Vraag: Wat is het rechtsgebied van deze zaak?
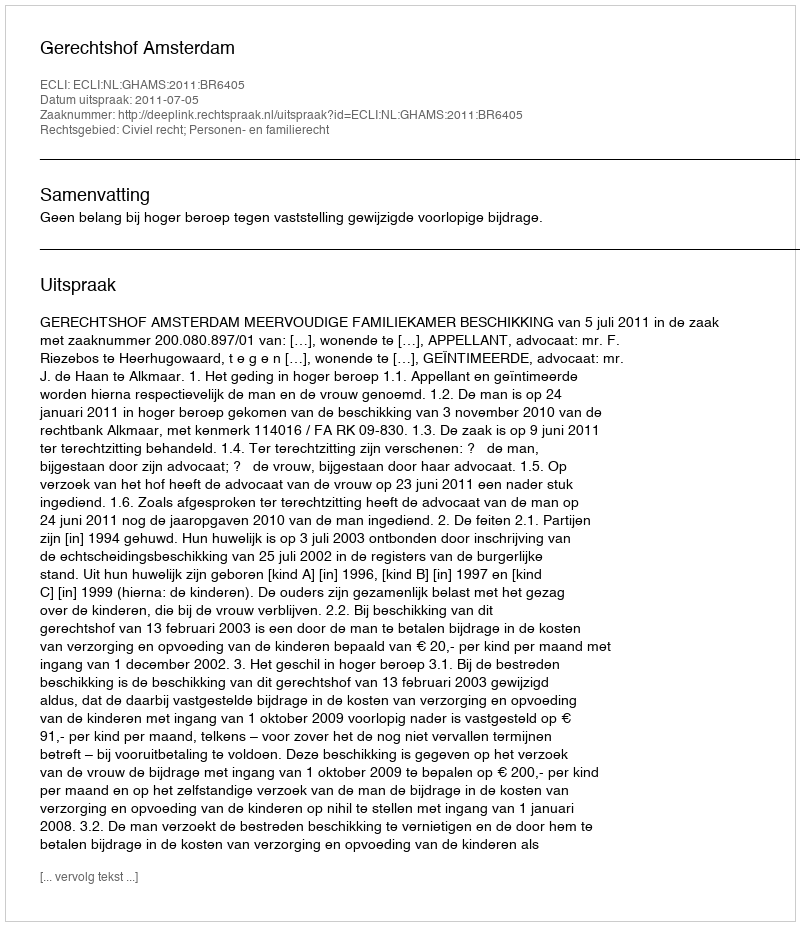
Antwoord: Civiel recht; Personen- en familierecht